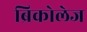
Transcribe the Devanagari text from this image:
ब्रिकोलेज